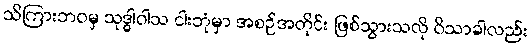
သိကြားဘဝမှ သုဒ္ဓါဝါသ ငါးဘုံမှာ အစဉ်အတိုင်း ဖြစ်သွားသလို ဝိသာခါလည်း